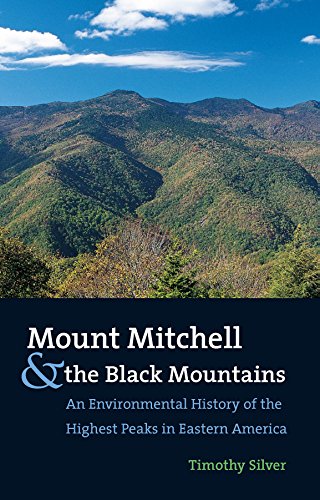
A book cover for Mount Mitchell and the Black Mountains: An Environmental History of the Highest Peaks in Eastern America; Timothy Silver; Science & Math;